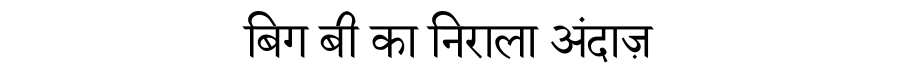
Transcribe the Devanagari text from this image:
बिग बी का निराला अंदाज़